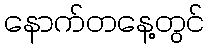
နောက်တနေ့တွင်